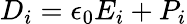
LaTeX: D_{i}=\epsilon_{0}E_{i}+P_{i}